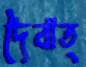
দৈবাত্